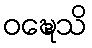
ဝဍ္ဎေသိ